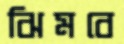
ঝিমবে